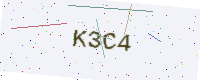
Text: K3C4